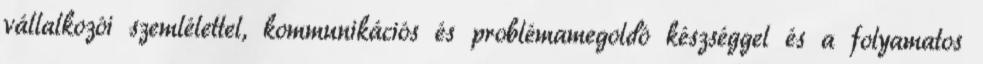
vállalkozói szemlélettel, kommunikációs és problémamegoldó készséggel és a folyamatos